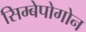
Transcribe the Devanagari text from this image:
सिम्बेपोगोन